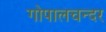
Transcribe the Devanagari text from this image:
गोपालचन्दर